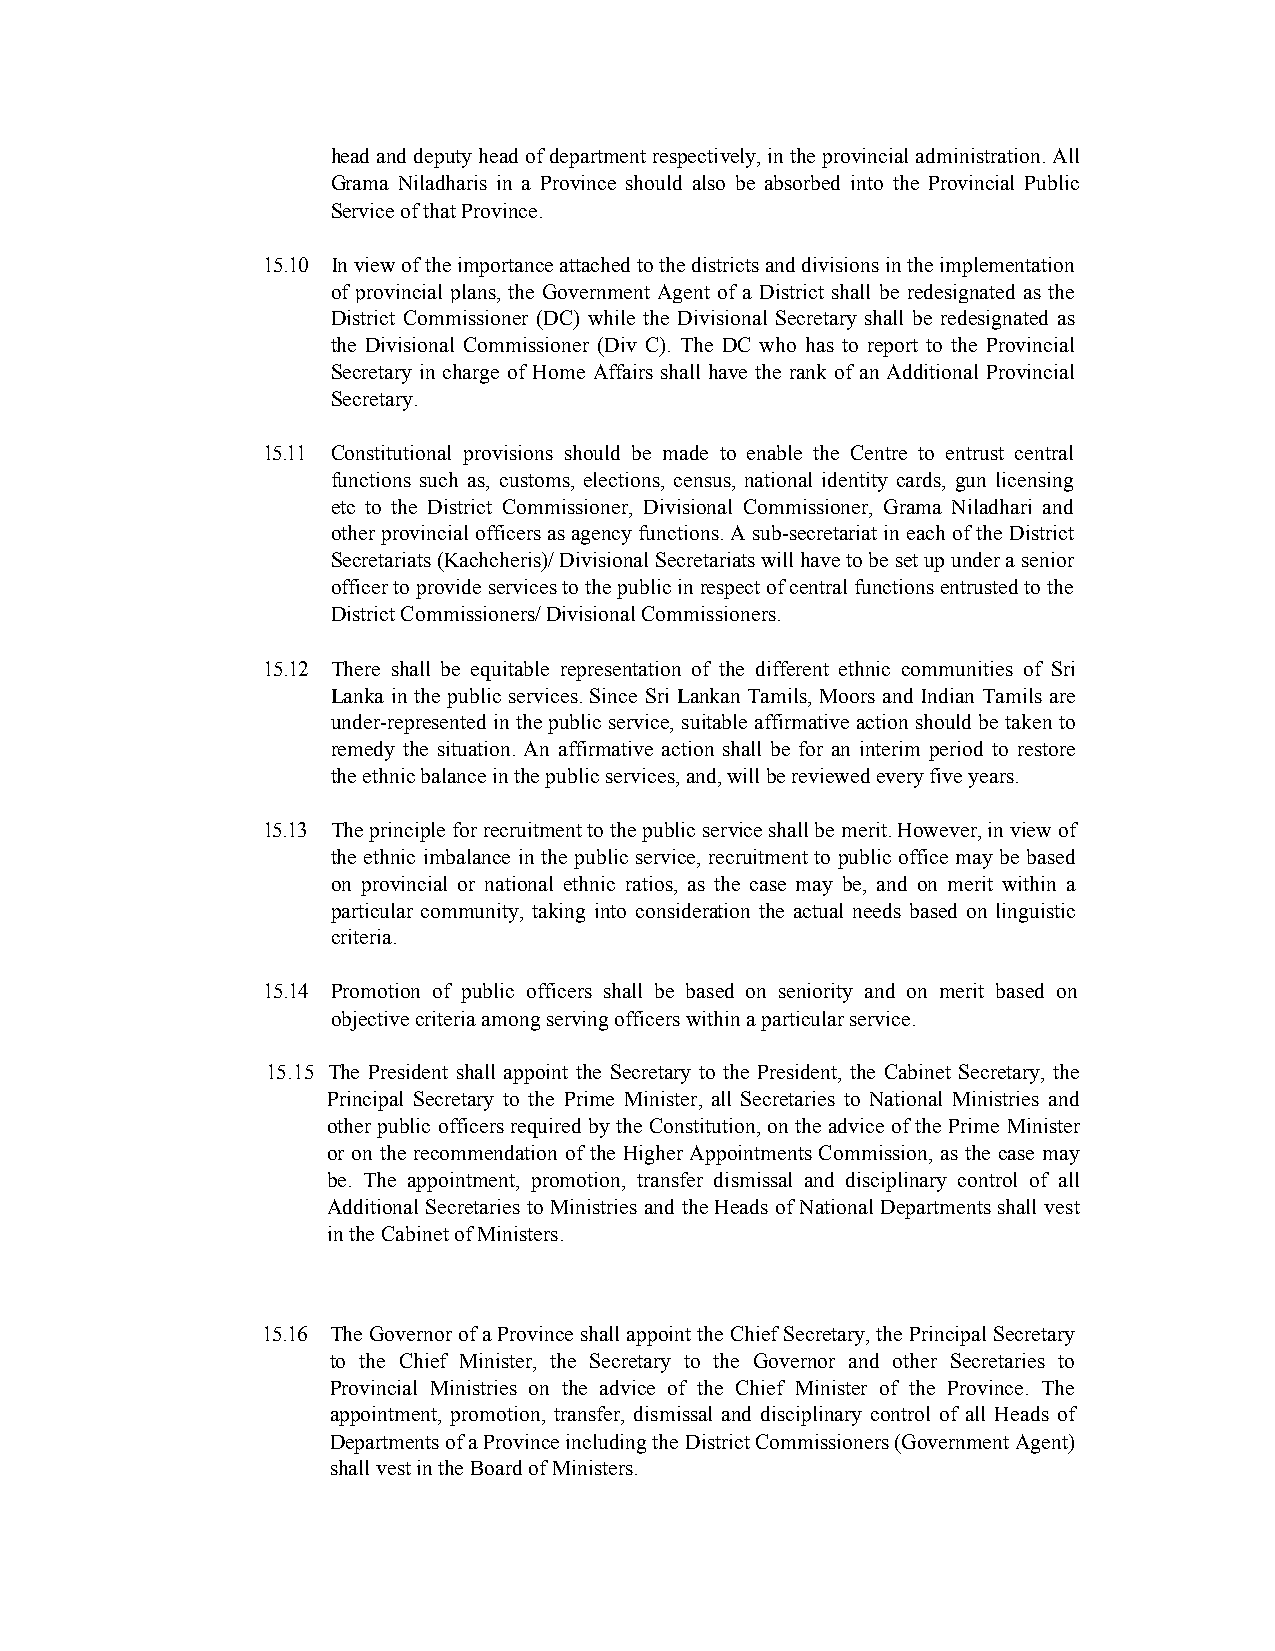
head and deputy head of department respectively, in the provincial administration. All
 Grama Niladharis in a Province should also be absorbed into the Provincial Public
 Service of that Province.
 15.10 In view of the importance attached to the districts and divisions in the implementation
 of provincial plans, the Government Agent of a District shall be redesignated as the
 District Commissioner (DC) while the Divisional Secretary shall be redesignated as
 the Divisional Commissioner (Div C). The DC who has to report to the Provincial
 Secretary in charge of Home Affairs shall have the rank of an Additional Provincial
 Secretary.
 15.11 Constitutional provisions should be made to enable the Centre to entrust central
 functions such as, customs, elections, census, national identity cards, gun licensing
 etc to the District Commissioner, Divisional Commissioner, Grama Niladhari and
 other provincial officers as agency functions. A sub-secretariat in each of the District
 Secretariats (Kachcheris)/ Divisional Secretariats will have to be set up under a senior
 officer to provide services to the public in respect of central functions entrusted to the
 District Commissioners/ Divisional Commissioners.
 15.12 There shall be equitable representation of the different ethnic communities of Sri
 Lanka in the public services. Since Sri Lankan Tamils, Moors and Indian Tamils are
 under-represented in the public service, suitable affirmative action should be taken to
 remedy the situation. An affirmative action shall be for an interim period to restore
 the ethnic balance in the public services, and, will be reviewed every five years.
 15.13 The principle for recruitment to the public service shall be merit. However, in view of
 the ethnic imbalance in the public service, recruitment to public office may be based
 on provincial or national ethnic ratios, as the case may be, and on merit within a
 particular community, taking into consideration the actual needs based on linguistic
 criteria.
 15.14 Promotion of public officers shall be based on seniority and on merit based on
 objective criteria among serving officers within a particular service.
 15.15 The President shall appoint the Secretary to the President, the Cabinet Secretary, the
 Principal Secretary to the Prime Minister, all Secretaries to National Ministries and
 other public officers required by the Constitution, on the advice of the Prime Minister
 or on the recommendation of the Higher Appointments Commission, as the case may
 be. The appointment, promotion, transfer dismissal and disciplinary control of all
 Additional Secretaries to Ministries and the Heads of National Departments shall vest
 in the Cabinet of Ministers.
 15.16 The Governor of a Province shall appoint the Chief Secretary, the Principal Secretary
 to the Chief Minister, the Secretary to the Governor and other Secretaries to
 Provincial Ministries on the advice of the Chief Minister of the Province. The
 appointment, promotion, transfer, dismissal and disciplinary control of all Heads of
 Departments of a Province including the District Commissioners (Government Agent)
 shall vest in the Board of Ministers.